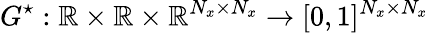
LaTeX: G^{\star}:\mathbb{R}\times\mathbb{R}\times\mathbb{R}^{N_{x}\times N_{x}}\to[0,1]^{N_{x}\times N_{x}}